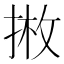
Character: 𱠇